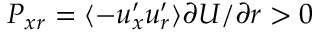
P _ { x r } = \langle - u _ { x } ^ { \prime } u _ { r } ^ { \prime } \rangle \partial U / \partial r > 0